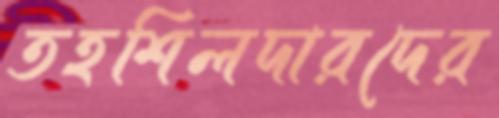
তহশিলদারদের